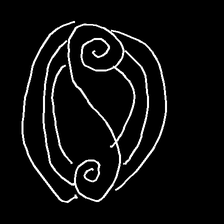
Glyph: wind-underfoot